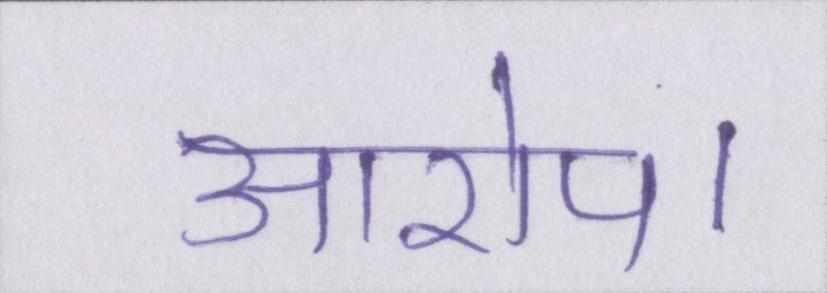
आरोप।